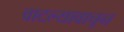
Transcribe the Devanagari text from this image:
वाटल्यावाचून